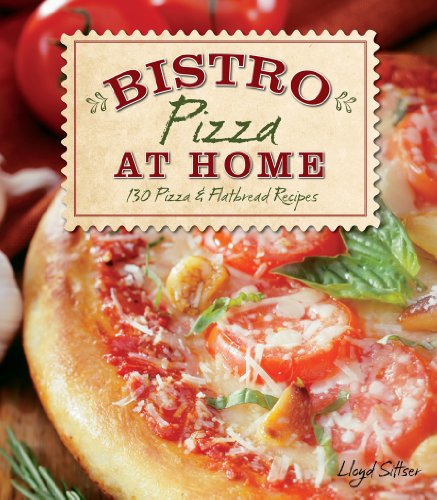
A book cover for Bistro Pizza At Home: 130 Pizza & Flatbread Recipes; Lloyd Sittser; Cookbooks, Food & Wine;